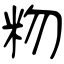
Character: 粅